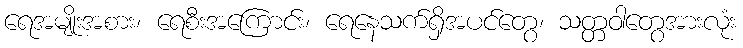
ရေအမျိုးအစား၊ ရေစီးအကြောင်း၊ ရေနေသက်ရှိအပင်တွေ၊ သတ္တဝါတွေအားလုံး